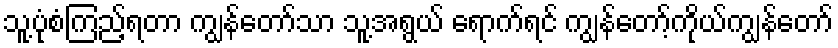
သူ့ပုံစံကြည့်ရတာ ကျွန်တော်သာ သူ့အရွယ် ရောက်ရင် ကျွန်တော့်ကိုယ်ကျွန်တော်